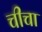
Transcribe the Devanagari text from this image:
चीचा